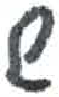
אות: ש